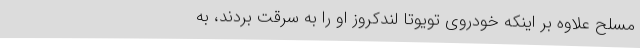
مسلح علاوه بر اینکه خودروی تویوتا لندکروز او را به سرقت بردند، به